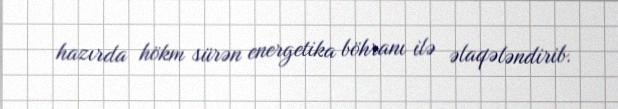
hazırda hökm sürən energetika böhranı ilə əlaqələndirib.